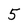
Character: 5